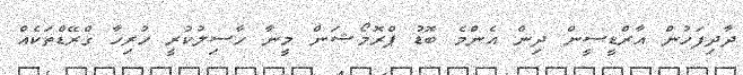
ދާދިފަހުން އާރްޑީސީން ދިން އެންމެ ބޮޑު ޕްރޮމޯޝަން މީނާ ހާސިލުކުރީ ހުރިހާ ގްރޭޑްތަކެއް